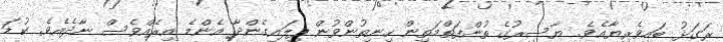
ރަގަޅު ބައިވެރިޔާއެވެ. ޔާސިރުގެ ތުންފަތްމަތިން ހިނިތުންވުން ފިލައިގެންދާ އެންމެ އިރެއްވެސް ނާދެއެވެ. ކުޑަ